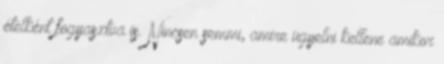
ételként fogyasztva is. Nincsen semmi, amire ügyelni kellene amikor